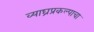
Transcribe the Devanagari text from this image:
व्याघ्रप्रकल्पाचा